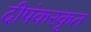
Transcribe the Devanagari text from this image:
दीपंकरकृत